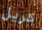
كريل